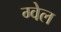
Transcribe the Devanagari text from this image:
ग्वेल